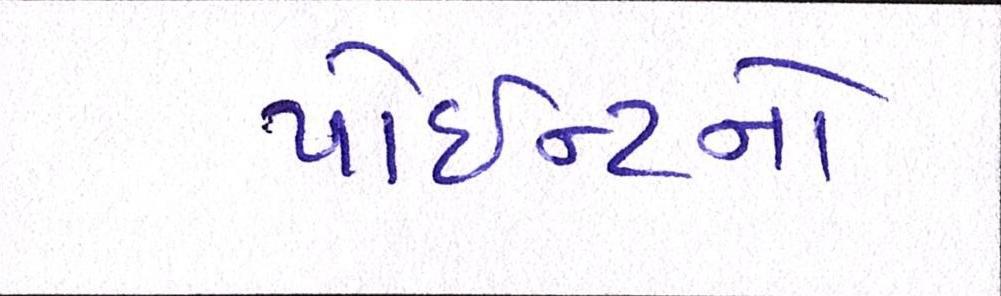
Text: પોઇન્ટનો